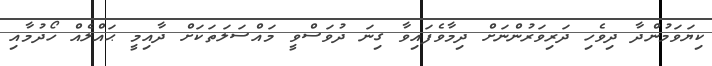
ކިޔަވަމުންދާ ދިވެހި ދަރިވަރުންނަށް ދިމާވެފައިވާ ގިނަ ދުވަސްވީ މައްސަލަތަކަށް ދާއިމީ ޙައްލެއް ހޯދުމާއި